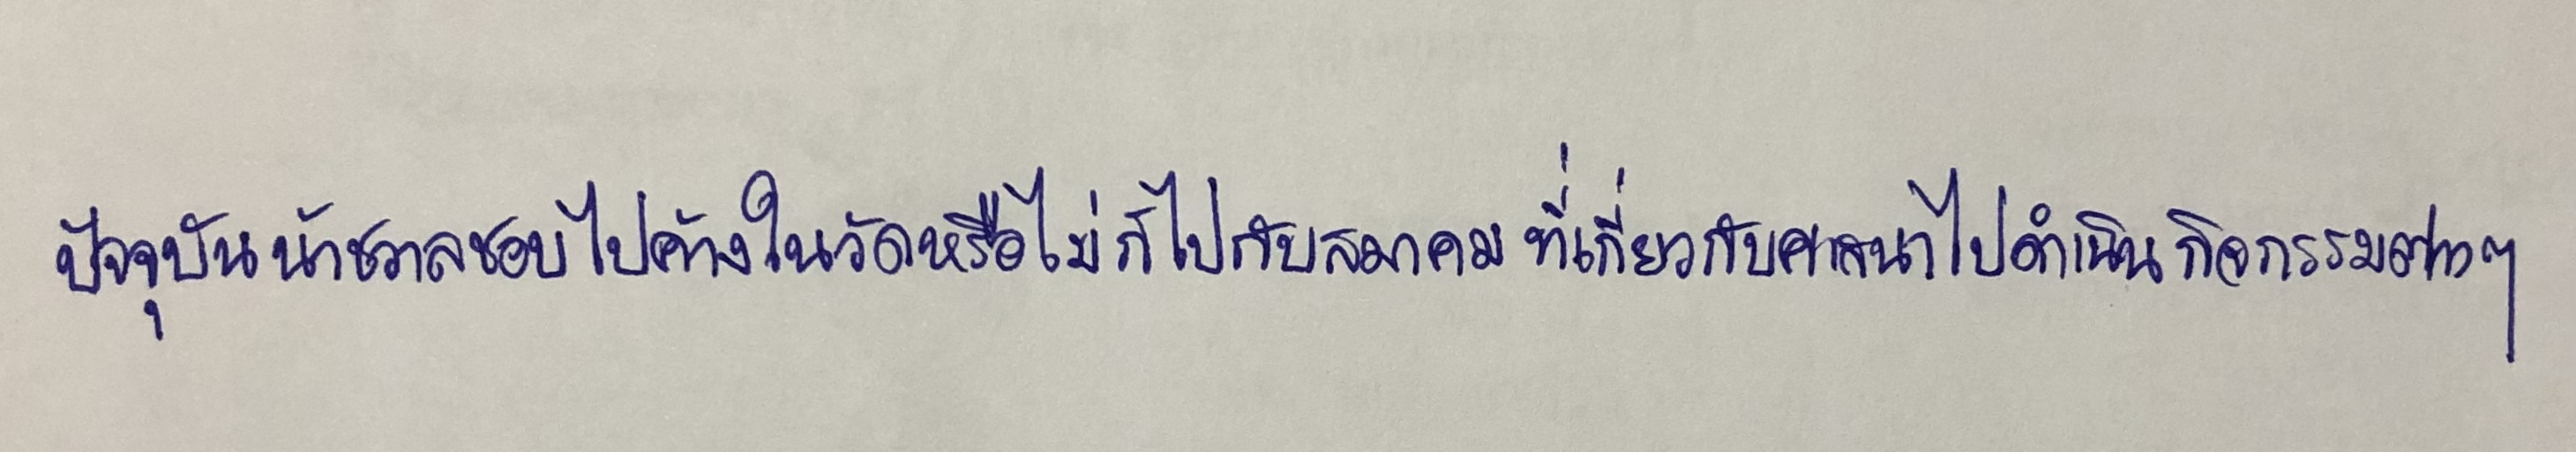
ปัจจุบันน้าชวาลชอบไปค้างในวัดหรือไม่ก็ไปกับสมาคมที่เกี่ยวกับศาสนาไปดำเนินกิจกรรมต่างๆ